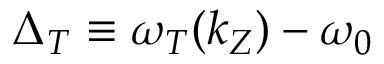
\Delta _ { T } \equiv \omega _ { T } ( k _ { Z } ) - \omega _ { 0 }